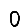
Digit: 0